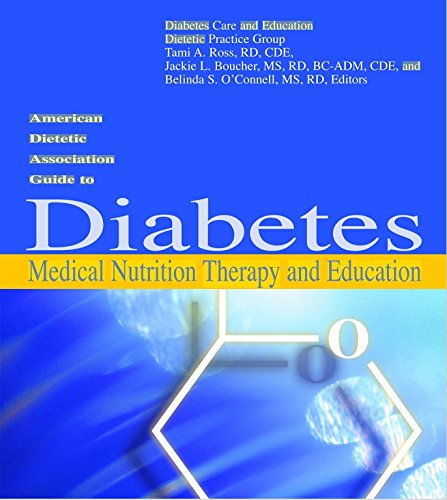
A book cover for American Dietetic Association Guide to Diabetes Medical Nutrition Therapy And Education; Health, Fitness & Dieting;